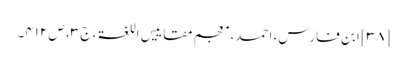
[۳۸] ابن فارس، احمد، معجم مقاییس اللغۃ، ج ۳، ص ۴۱۲۔